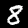
Label: 8